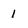
Character: 1